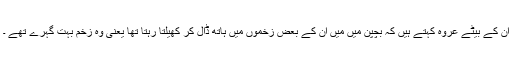
ان کے بیٹے عروہ کہتے ہیں کہ بچپن میں میں ان کے بعض زخموں میں ہاتھ ڈال کر کھیلتا رہتا تھا یعنی وہ زخم بہت گہرے تھے ۔